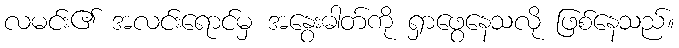
လမင်း၏ အလင်းရောင်မှ အနွေးဓါတ်ကို ရှာဖွေနေသလို ဖြစ်နေသည်။